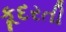
કૂદરતી